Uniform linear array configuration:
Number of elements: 48
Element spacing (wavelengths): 0.75
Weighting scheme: hamming
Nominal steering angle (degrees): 15
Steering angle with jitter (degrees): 13.871
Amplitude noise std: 0.05
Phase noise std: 0.05

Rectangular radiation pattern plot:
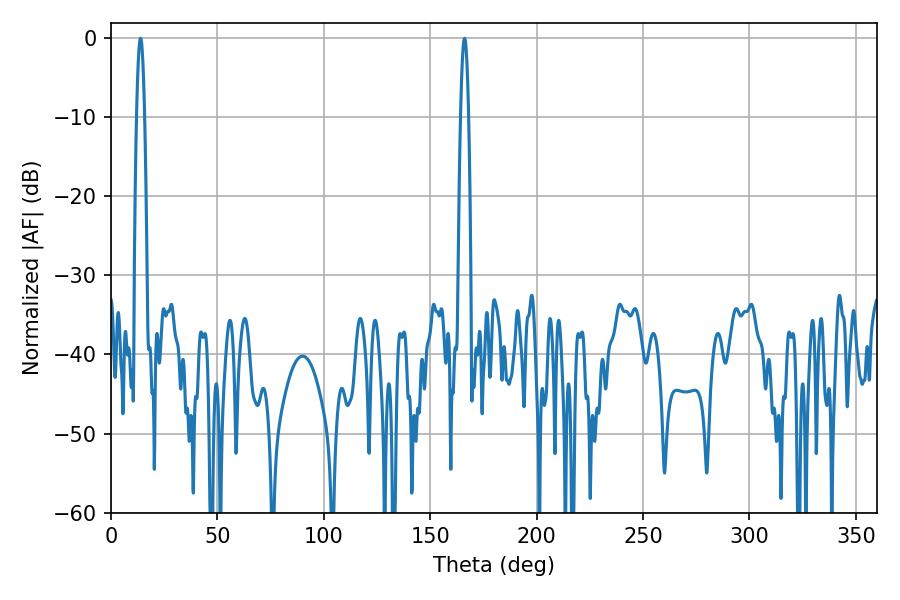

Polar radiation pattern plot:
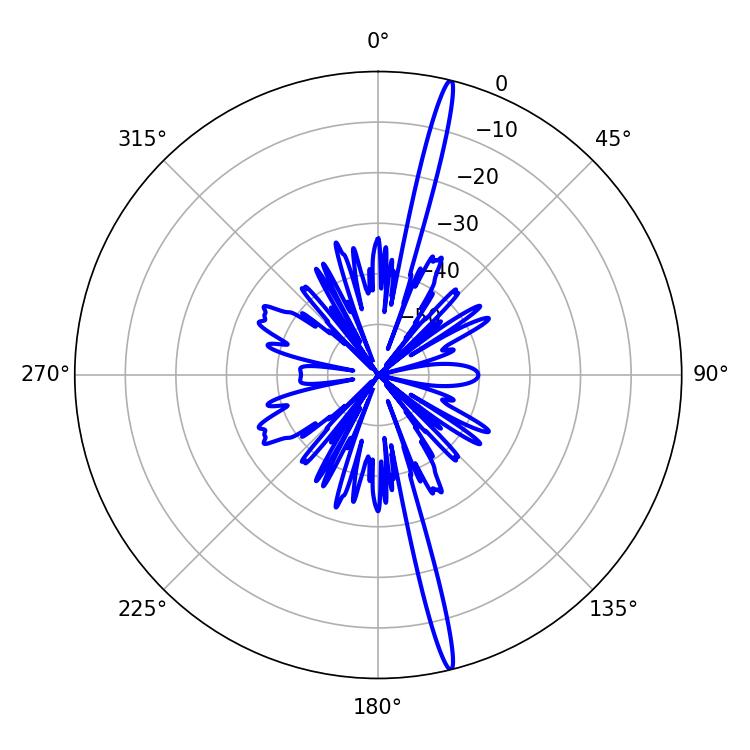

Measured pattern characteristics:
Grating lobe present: TRUE
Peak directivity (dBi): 20.227
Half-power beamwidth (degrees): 1.98
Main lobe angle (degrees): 13.86